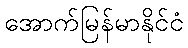
အောက်မြန်မာနိုင်ငံ